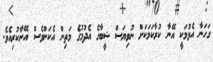
ގަހަނާ އެޅުމަކީ އޭނާ ކުރާކަމަކަށް ނުވިޔަސް ޝީބާގެ އެދުމުގެ މަތިން އެކަންވެސް އޭނާކުރިއެވެ.